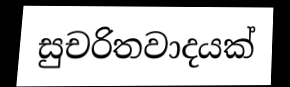
සුචරිතවාදයක්